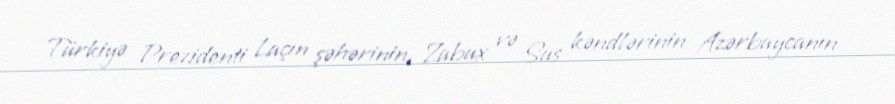
Türkiyə Prezidenti Laçın şəhərinin, Zabux və Sus kəndlərinin Azərbaycanın